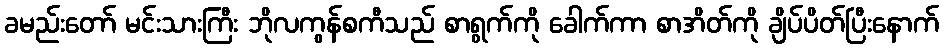
ခမည်းတော် မင်းသားကြီး ဘိုလကွန်စကီသည် စာရွက်ကို ခေါက်ကာ စာအိတ်ကို ချိပ်ပိတ်ပြီးနောက်